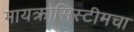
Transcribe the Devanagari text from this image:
मायक्रोसिस्टीमचा